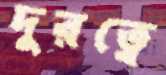
দুরত্বে